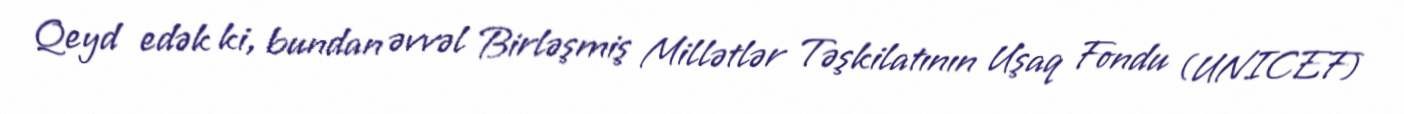
Qeyd edək ki, bundan əvvəl Birləşmiş Millətlər Təşkilatının Uşaq Fondu (UNICEF)